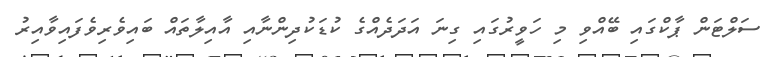
ސަލްޓަން ޕާކްގައި ބޭއްވި މި ހަވީރުގައި ގިނަ އަދަދެއްގެ ކުޑަކުދިންނާއި އާއިލާތައް ބައިވެރިވެފައިވާއިރު